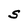
Character: S